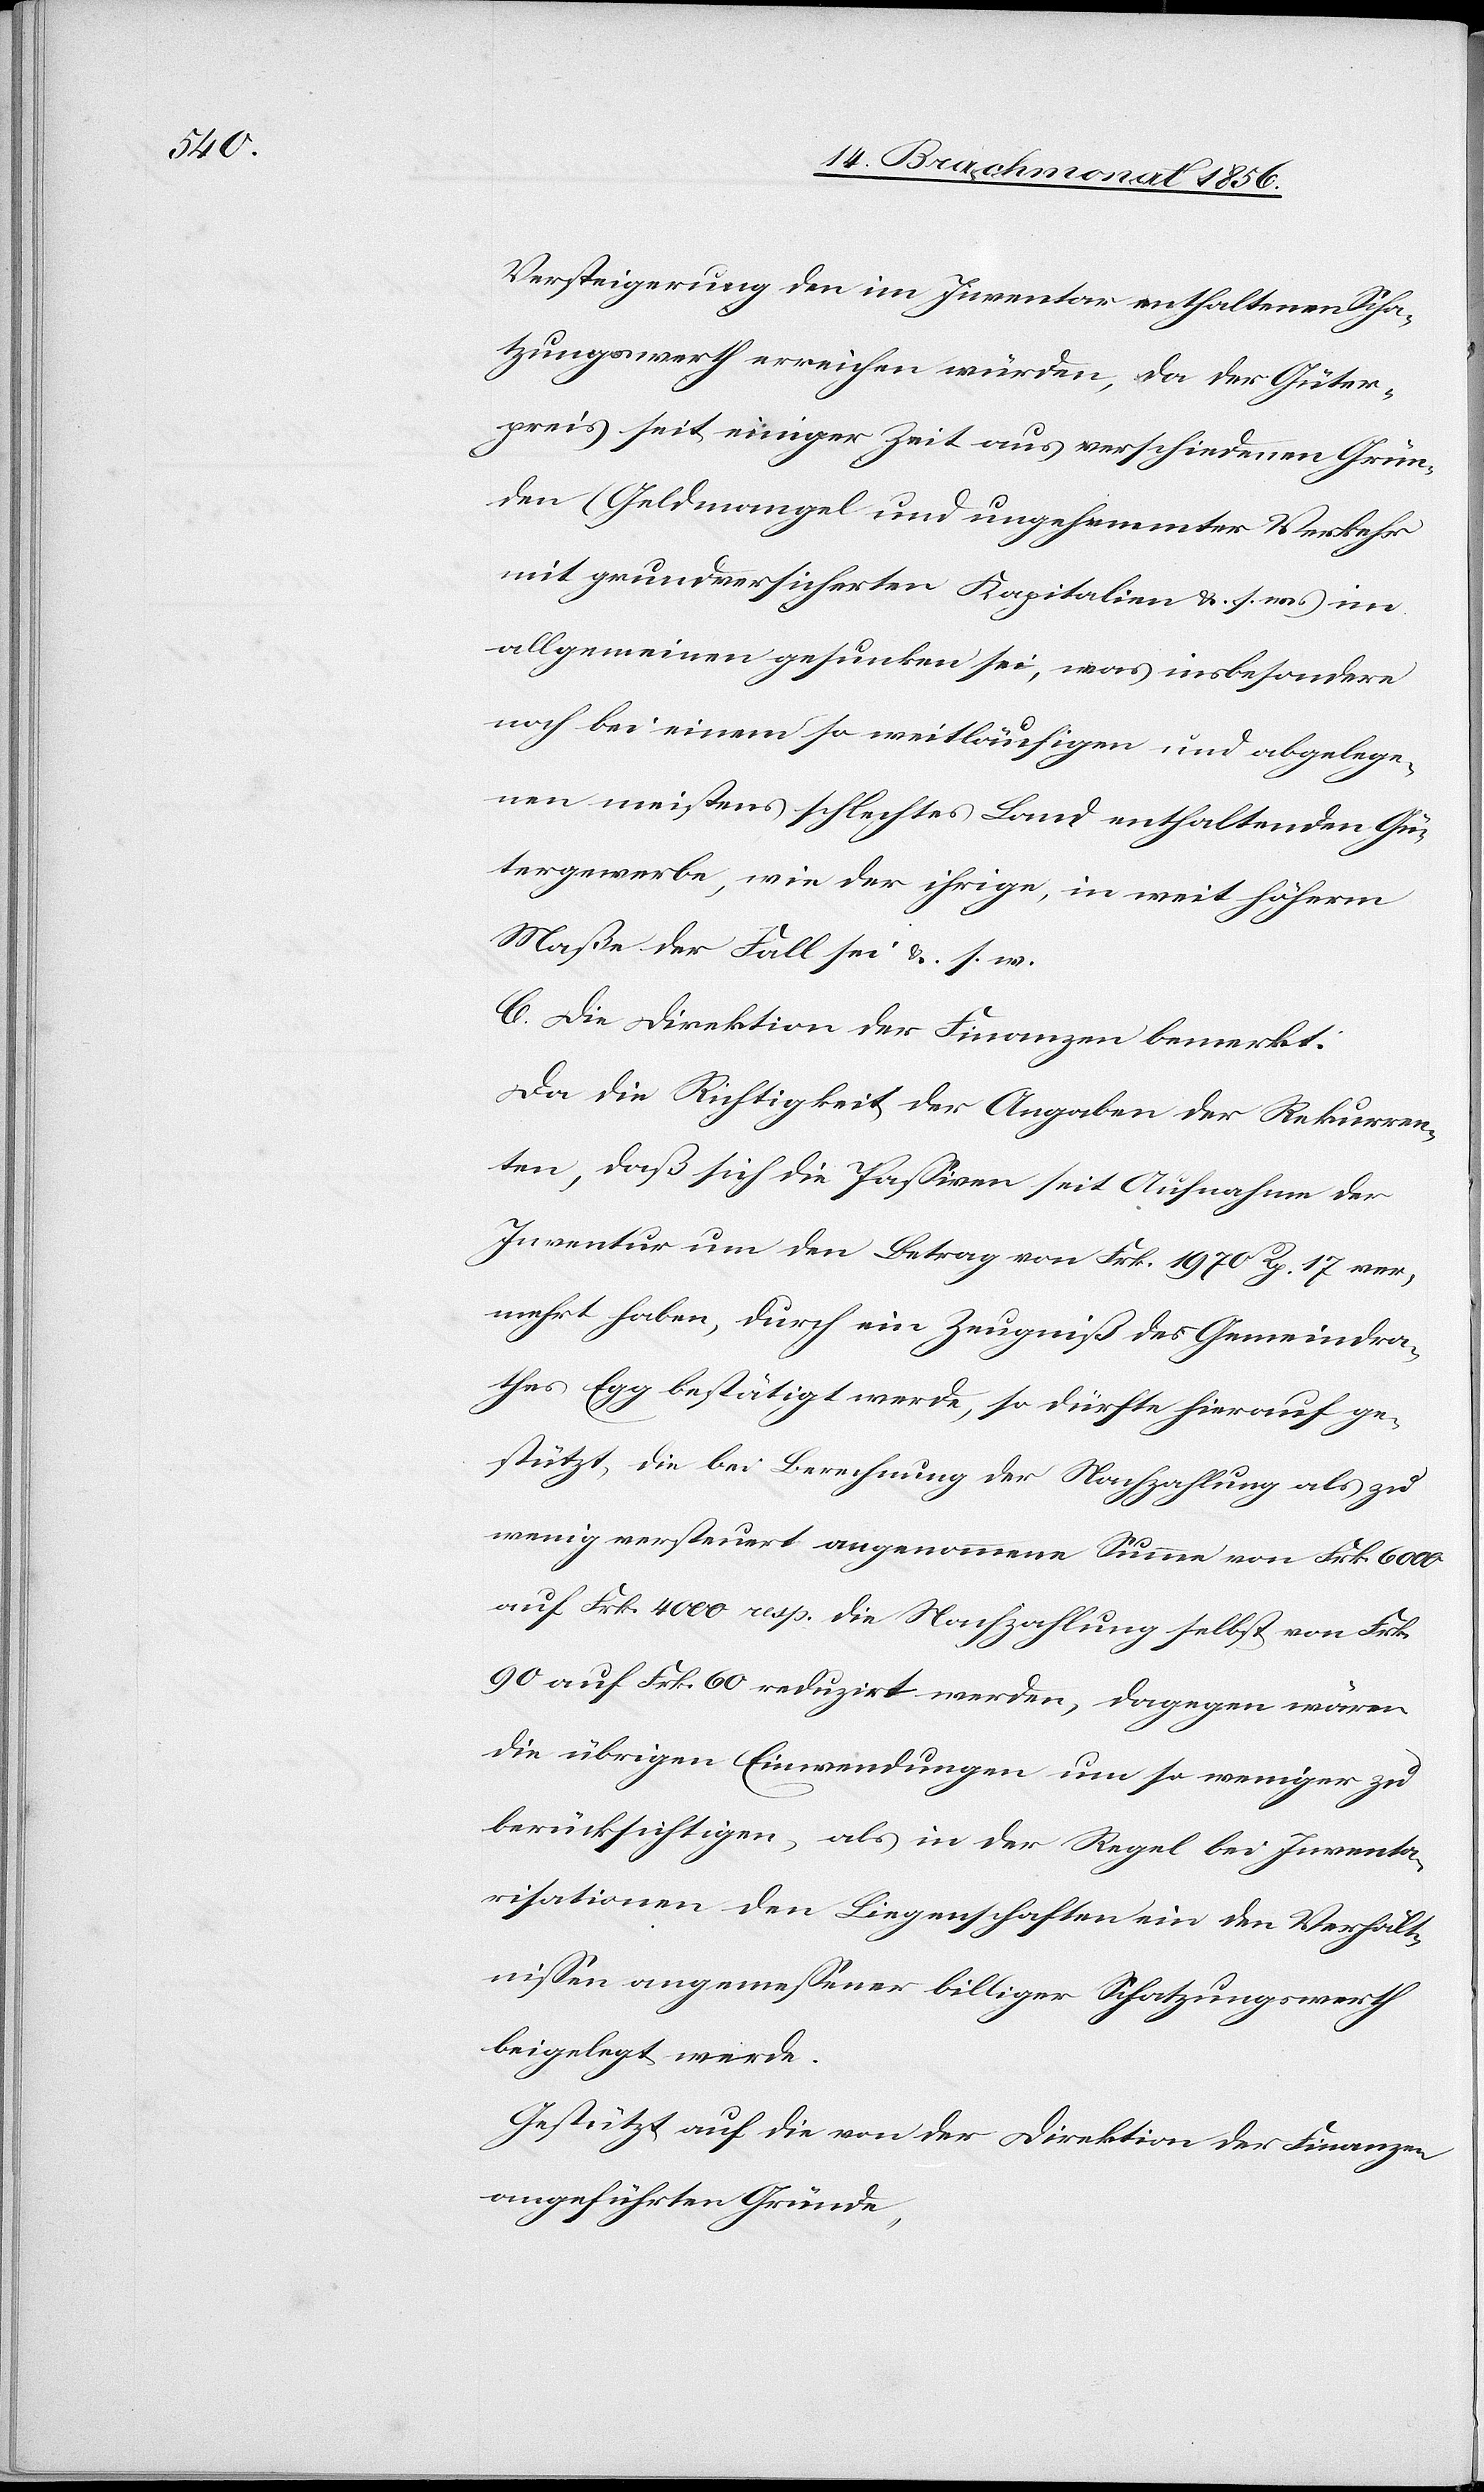
Versteigerung den im Inventar enthaltenen Scha¬
tzungswerth erreichen würden, da der Güter¬
preis seit einiger Zeit aus verschiedenen Grün¬
den (Geldmangel und ungehemmter Verkehr
mit grundversicherten Kapitalien &. s. w. im
allgemeinen gesunken sei, was insbesondere
noch bei einem so weitläufigen und abgelege¬
nen meistens schlechtes Land enthaltenden Gü¬
tergewerbe, wie der ihrige, in weit höherm
Maße der Fall sei &. s. w.
C. Die Direktion der Finanzen bemerkt:
Da die Richtigkeit der Angaben der Rekurren¬
ten, daß sich die Passiven seit Aufnahme der
Inventur um den Betrag von Frk. 1970 Rp. 17 ver¬
mehrt habe, durch ein Zeugniß des Gemeindra¬
thes Egg bestätigt werde, so dürfte hierauf ge¬
stützt, die bei Berechnung der Nachzahlung als zu
wenig versteuert angenommene Summe von Frk. 6000
auf Frk. 4000 resp. die Nachzahlung selbst von Frk.
90 auf Frk. 60 reduzirt werden, dagegen wären
die übrigen Einwendungen um so weniger zu
berücksichtigen, als in der Regel bei Inventa¬
risationen den Liegenschaften ein den Verhält¬
nissen angemessener billiger Schatzungswerth
beigelegt werde.
Gestützt auf die von der Direktion der Finanzen
angeführten Gründe,